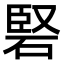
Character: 硻